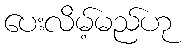
ပေးလိမ့်မည်ဟု